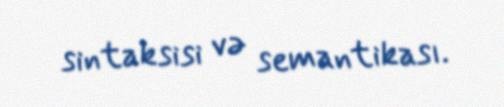
sintaksisi və semantikası.